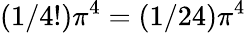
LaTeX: (1/4!)\pi^{4}=(1/24)\pi^{4}